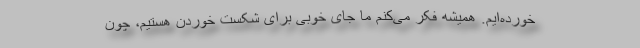
خورده‌ایم. همیشه فکر می‌کنم ما جای خوبی برای شکست خوردن هستیم، چون